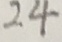
2 4